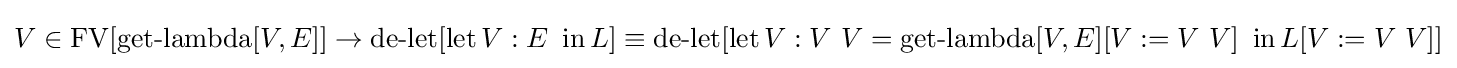
V\in \operatorname {FV} [\operatorname {get-lambda} [V,E]]\to \operatorname {de-let} [\operatorname {let} V:E\ \operatorname {in} L]\equiv \operatorname {de-let} [\operatorname {let} V:V\ V=\operatorname {get-lambda} [V,E][V:=V\ V]\ \operatorname {in} L[V:=V\ V]]